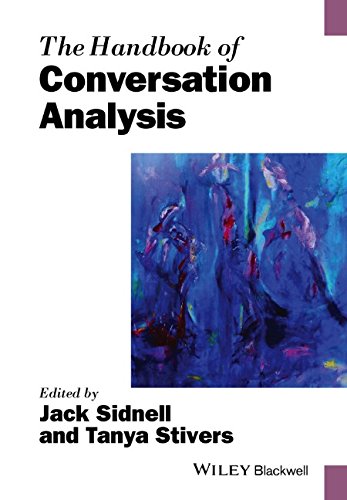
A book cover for The Handbook of Conversation Analysis (Blackwell Handbooks in Linguistics); Reference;